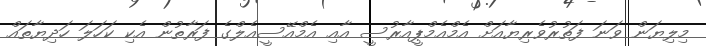
މިލިޔަން ވަނަ ފަތުރުވެރިޔާއަށް އެމްއެމްޕީއާރުސީ އާއި އެމްއޭސީއެލްގެ ފަރާތުން އެކި ކަހަލަ ހަދިޔާތައް